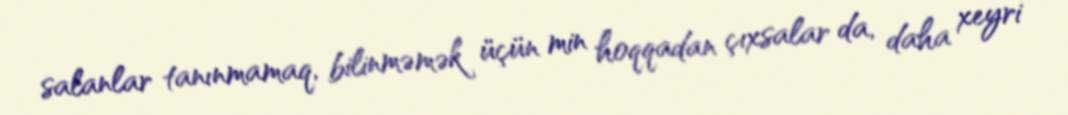
salanlar tanınmamaq, bilinməmək üçün min hoqqadan çıxsalar da, daha xeyri